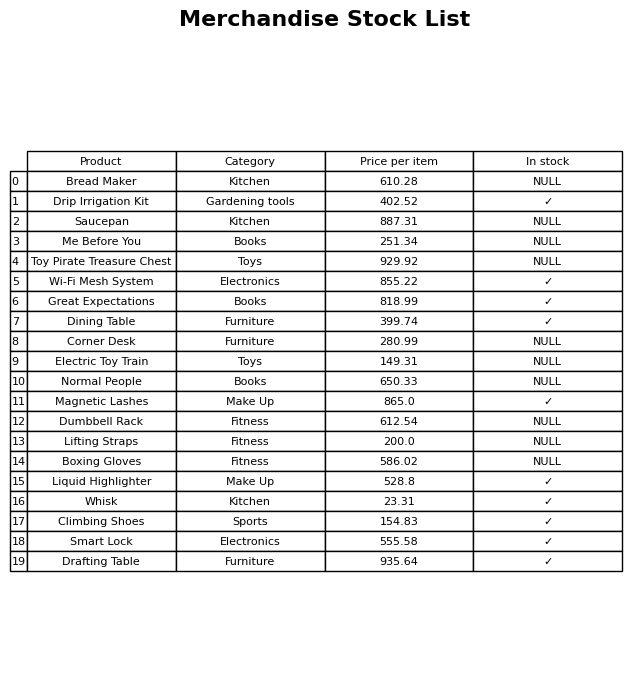
question: What is the price of the Boxing Gloves?
answer: The price of Boxing Gloves is 586.02.